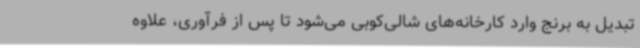
تبدیل به برنج وارد کارخانه‌های شالی‌کوبی می‌شود تا پس از فرآوری، علاوه